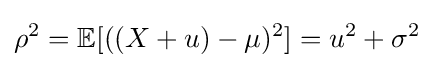
\rho ^{2}=\mathbb {E} [((X+u)-\mu )^{2}]=u^{2}+\sigma ^{2}